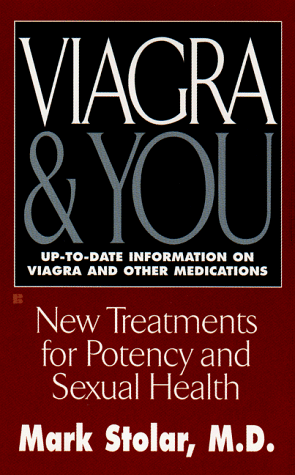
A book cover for Viagra and You; Mark Stolar; Health, Fitness & Dieting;